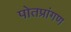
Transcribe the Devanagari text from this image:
पोतप्रांगण